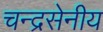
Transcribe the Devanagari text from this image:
चन्द्रसेनीय